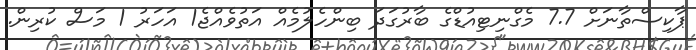
ޕާކިސްތާނަށް 7.7 މެގްނިޓިއުޑްގެ ބާރުގަދަ ބިންހެލުމެއް އަތުވެއްޖެ1 އަހަރު 1 މަސް ކުރިން.